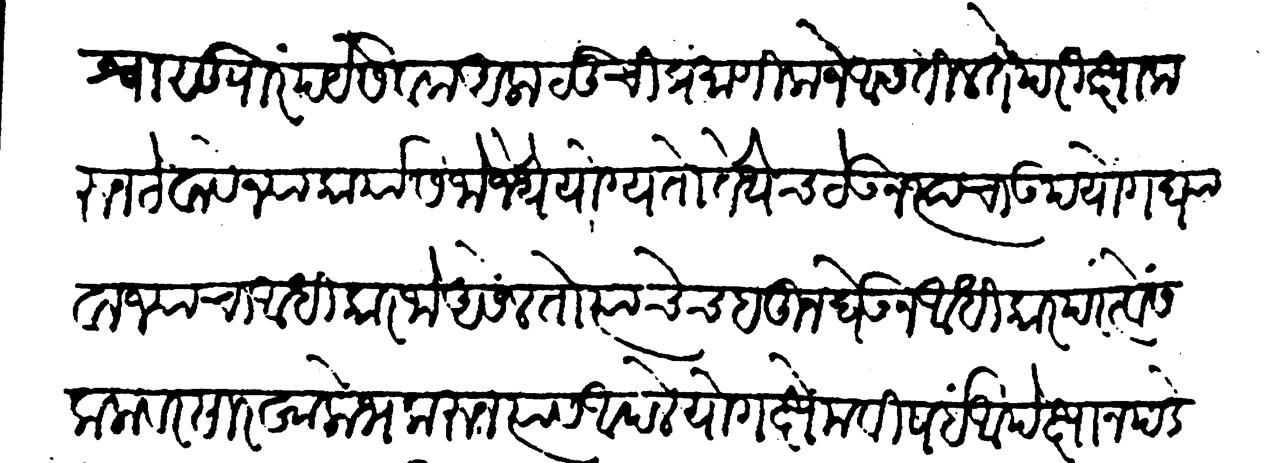
Transliteration (Devanagari): विश्वासू पारंपर्यं सेवक अलालुची प्रमाणीक जे आसतील ते परीक्षा करून ठेवावे ज्या कार्यास जो जेथे योग्य तो तेथेच ठेऊन त्याचा उपयोग घ्यावा ज्यांचा अधिकार जो असेल तो त्याचेच हतून घेऊन अधिकार परत्वे सकलांवर सारखा लोभ करून त्यांस आपले योग क्षेम विषई अपेक्षा न पडे